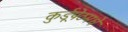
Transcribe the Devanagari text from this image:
कुर्डूपेठमधे